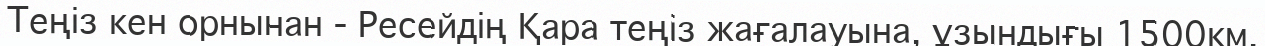
Теңіз кен орнынан - Ресейдің Қара теңіз жағалауына, ұзындығы 1500км.